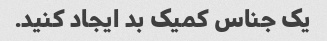
یک جناس کمیک بد ایجاد کنید.